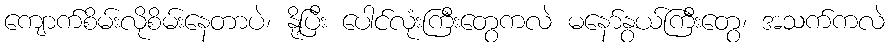
ကျောက်စိမ်းလိုစိမ်းနေတာပဲ၊ နို့ပြီး ပေါင်လုံးကြီးတွေကလဲ မနော်နွယ်ကြီးတွေ၊ အသက်ကလဲ